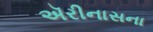
ઍરીનાસના